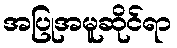
အပြုအမူဆိုင်ရာ